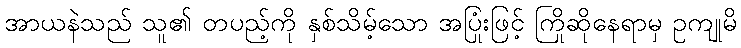
အာယနဲသည် သူ၏ တပည့်ကို နှစ်သိမ့်သော အပြုံးဖြင့် ကြိုဆိုနေရာမှ ဥကျုမိ